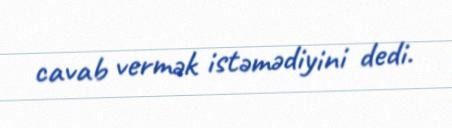
cavab vermək istəmədiyini dedi.